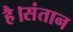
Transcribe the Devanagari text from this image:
है।संतान